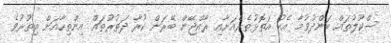
ސްކޫލުތައް ބަންދުވުމާ އެކު އަތޮޅުތެރެއަށާއި ރާއްޖޭން ބޭރަށް ކުރާ ދަތުރުތައް އިންތިހާއަށް އިތުރުވެ